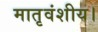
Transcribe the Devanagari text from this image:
मातृवंशीय।